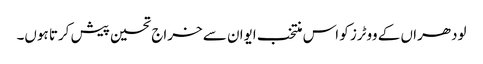
لودھراں کے ووٹرز کو اس منتخب ایوان سے خراج تحسین پیش کرتا ہوں۔